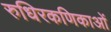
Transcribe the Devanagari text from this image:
रुधिरकणिकाओं